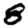
Digit: 8